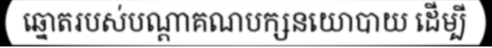
ឆ្នោតរបស់បណ្តាគណបក្សនយោបាយ ដើម្បី